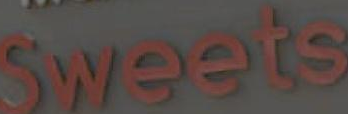
Sweets